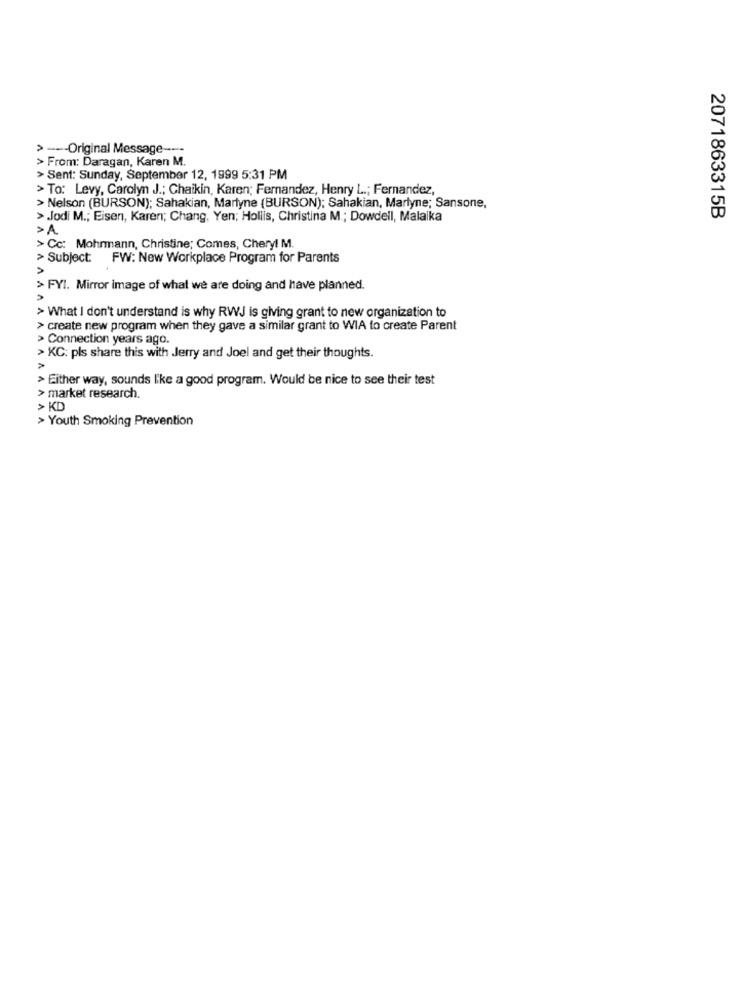
--- Original Message ---
From: Daragan, Karen M.
AA
> Sent: Sunday, September 12, 1999 5:31 PM
> To: Levy, Carolyn J .; Chaikin, Karen; Fernandez, Henry L .; Fernandez,
> Nelson (BURSON); Sahakian, Martyne (BURSON); Sahakian, Marlyne; Sansone,
> Jodi M .; Eisen, Karen; Chang, Yen; Hollis, Christina M .; Dowdell, Malaika
2071863315B
>A
> Cc: Mohrmann, Christine; Comes, Chery! M.
> Subject: FW: New Workplace Program for Parents
> FYI. Mirror image of what we are doing and have planned.
A
> What I don't understand is why RWJ is giving grant to new organization to
> create new program when they gave a similar grant to WIA to create Parent
> Connection years ago.
> KC: pls share this with Jerry and Joel and get their thoughts.
> Either way, sounds like a good program. Would be nice to see their test
> market research.
> KD
> Youth Smoking Prevention